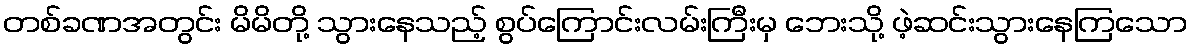
တစ်ခဏအတွင်း မိမိတို့ သွားနေသည့် စွပ်ကြောင်းလမ်းကြီးမှ ဘေးသို့ ဖဲ့ဆင်းသွားနေကြသော